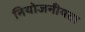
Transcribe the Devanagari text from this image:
नियोजनीयता